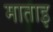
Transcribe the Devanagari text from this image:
माताइ